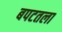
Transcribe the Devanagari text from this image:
बपटतला